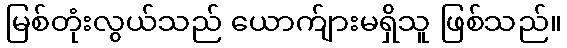
မြစ်တုံးလွယ်သည် ယောက်ျားမရှိသူ ဖြစ်သည်။